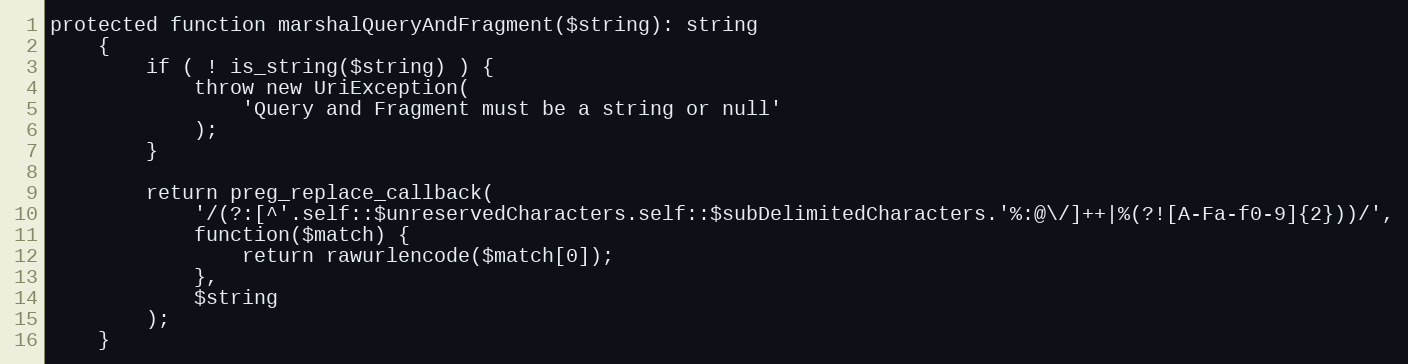
Language: PHP
protected function marshalQueryAndFragment($string): string
    {
        if ( ! is_string($string) ) {
            throw new UriException(
                'Query and Fragment must be a string or null'
            );
        }

        return preg_replace_callback(
            '/(?:[^'.self::$unreservedCharacters.self::$subDelimitedCharacters.'%:@\/]++|%(?![A-Fa-f0-9]{2}))/',
            function($match) {
                return rawurlencode($match[0]);
            },
            $string
        );
    }